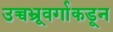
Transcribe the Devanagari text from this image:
उच्चभ्रूवर्गाकडून